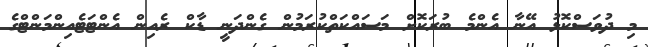
މި ދުވަސްކޮޅު އޭނާ އެންމެ ބުރަކޮށް މަސައްކަތްކުރަމުން ގެންދަނީ ޑާކް ރެއިން އެންޓަޓެއިންމަންޓްގެ